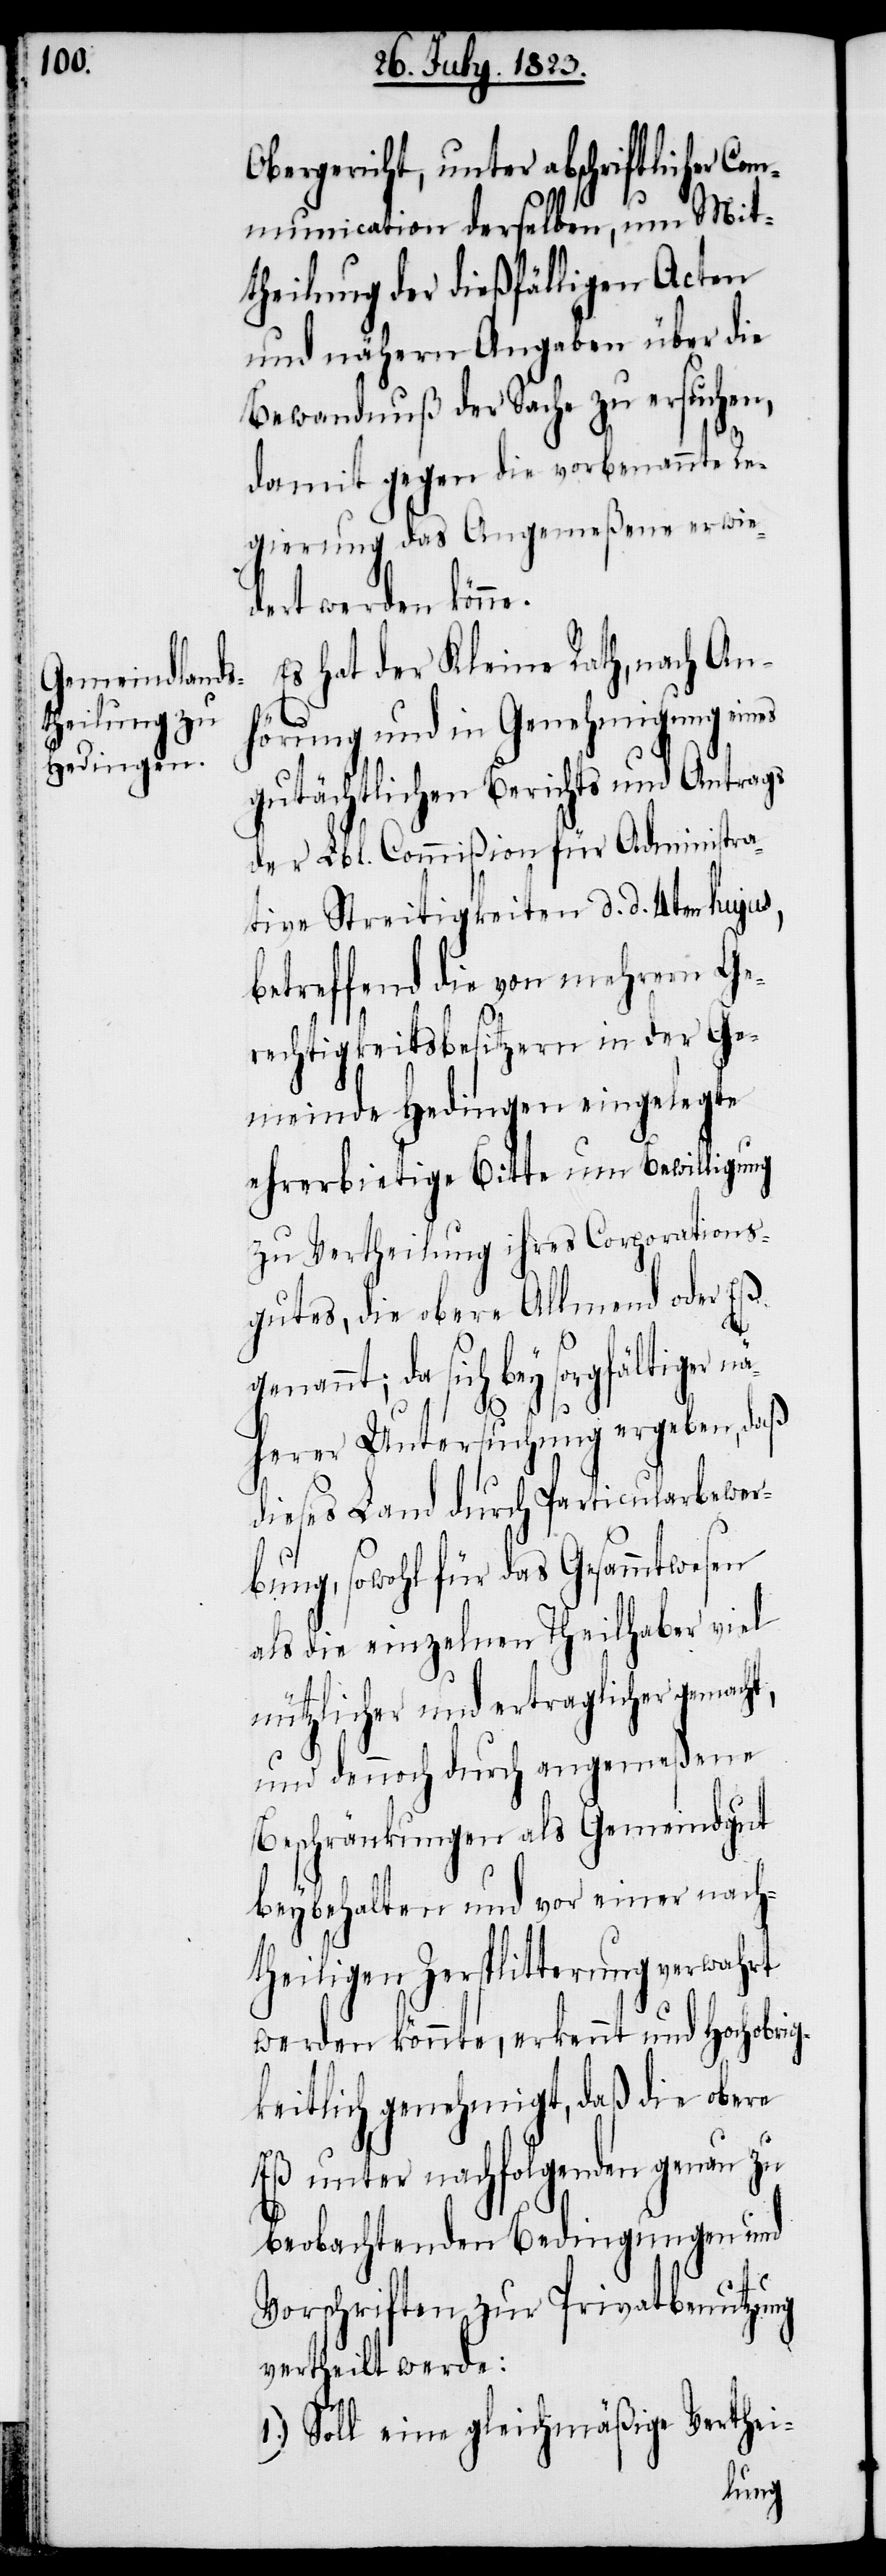
Obergericht, unter abschriftlicher Co¬
mmunication derselben, um Mit¬
theilung der dießfälligen Acten
und nähern Angaben über die
Bewandnuß der Sache zu ersuchen,
damit gegen die vorbenannte Re¬
gierung das Angemeßene erwie¬
dert werden könne.
Es hat der Kleine Rath, nach An¬
hörung und in Genehmigung eines
gutächtlichen Berichts und Antrags
der Lbl. Commißion für Administra¬
tive Streitigkeiten d. d. 4ten hujus,
betreffend die von mehrern Ge¬
rechtigkeitsbesitzern in der Ge¬
meinde Hedingen eingelegte
ehrerbietige Bitte um Bewilligung
zu Vertheilung ihres Corporations¬
gutes, die obere Allmend oder Eß
da sich bey sorgfältiger n¬
äherer Untersuchung ergeben, daß
dieses Land durch Particularbewer¬
bung, sowohl für das Gesammtwesen
als die einzelnen Theilhaber viel
nützlicher und ertraglicher gemacht,
und dennoch durch angemeßene
Beschränkungen als Gemeindgut
beybehalten und vor einer nach¬
theiligen Zersplitterung verwahrt
werden könnte, erkennt und Hochobrig¬
keitlich genehmigt, daß die obere
Eß unter nachfolgenden genau zu
beobachtenden Bedingungen und
Vorschriften zur Privatbenutzung
vertheilt werde:
1.) Soll eine gleichmäßige Verthei-